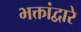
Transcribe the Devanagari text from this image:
भक्तांद्वारे